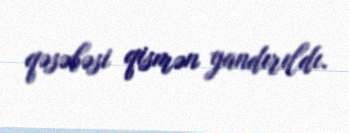
qəsəbəsi qismən yandırıldı.